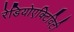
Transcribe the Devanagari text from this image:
रेडियोएक्टिविटी